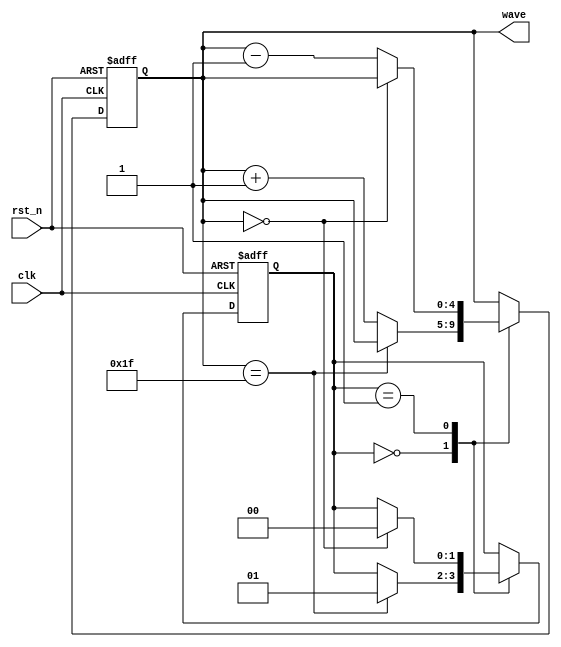
module signal_generator (
  input clk,
  input rst_n,
  output reg [4:0] wave
);
  reg [1:0] state;

  always @(posedge clk or negedge rst_n) begin
    if (~rst_n) begin
      state <= 0;
      wave <= 0;
    end
    else begin
      case (state)
        0: begin
          if (wave == 31)
            state <= 1;
          else
            wave <= wave + 1;
        end
        1: begin
          if (wave == 0)
            state <= 0;
          else
            wave <= wave - 1;
        end
      endcase
    end
  end
endmodule